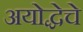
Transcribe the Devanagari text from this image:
अयोद्धेचे